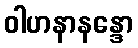
ဝါဟနာနန္ဒော